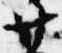
廿